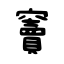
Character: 竇